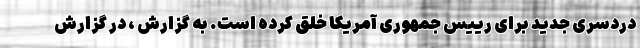
دردسری جدید برای رییس جمهوری آمریکا خلق کرده است. به گزارش ، در گزارش